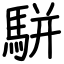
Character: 駢